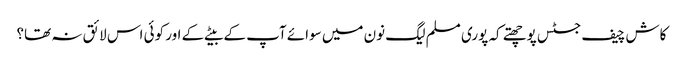
کاش چیف جسٹس پوچھتے کہ پوری مسلم لیگ نون میں سوائے آپ کے بیٹے کے اور کوئی اس لائق نہ تھا؟